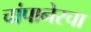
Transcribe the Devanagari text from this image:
चांपानेरचा